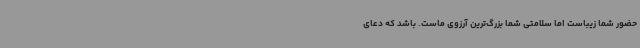
حضور شما زیباست اما سلامتی شما بزرگ‌ترین آرزوی ماست. باشد که دعای